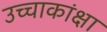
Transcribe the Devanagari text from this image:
उच्चाकांक्षा